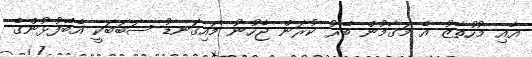
އާއި މުހުތާޒު އެ މަގާމުން ބޭރު ކުރަން ޖެހުނު މައިގަނޑު ސަބަބަކީ އެބޭފުޅުންގެ